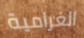
الغرامية